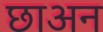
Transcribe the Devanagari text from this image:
छाअन